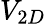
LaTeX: V_{2D}